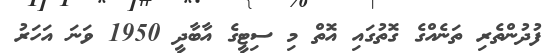
ފުދުންތެރި ތަނެއްގެ ގޮތުގައި އޮތް މި ސިޓީގެ އާބާދީ 1950 ވަނަ އަހަރު